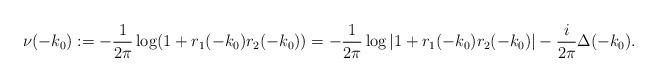
LaTeX: \begin{align*} \nu(-k_0):=-\frac{1}{2\pi}\log(1+r_1(-k_0)r_2(-k_0))=-\frac{1}{2\pi}\log\vert1+r_1(-k_0)r_2(-k_0)\vert-\frac{i}{2\pi}\Delta(-k_0).\end{align*}